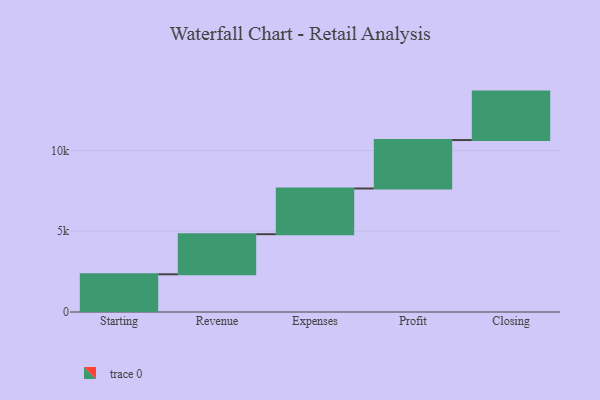
{"axis": {"x": "Step", "y": "Value"}, "legend": [""], "data": [{"x": "Starting", "y": 2335.0, "type": ""}, {"x": "Revenue", "y": 2483.0, "type": ""}, {"x": "Expenses", "y": 2829.0, "type": ""}, {"x": "Profit", "y": 3000, "type": ""}, {"x": "Closing", "y": 3000, "type": ""}]}